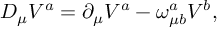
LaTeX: D _ { \mu } V ^ { a } = \partial _ { \mu } V ^ { a } - \omega _ { \mu b } ^ { a } V ^ { b } ,